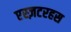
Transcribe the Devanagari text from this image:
एस्ज़टरहस